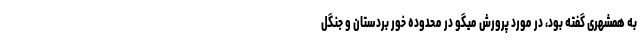
به همشهری گفته بود، در مورد پرورش میگو در محدوده خور بردستان و جنگل